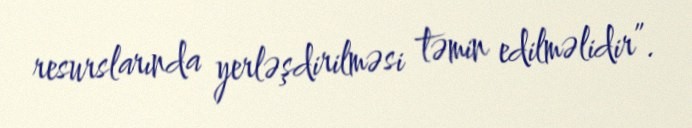
resurslarında yerləşdirilməsi təmin edilməlidir”.